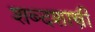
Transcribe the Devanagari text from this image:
शब्दशास्त्री